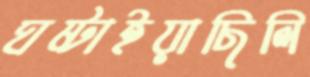
ঘষ্‌টাইয়াছিলি